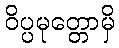
ဝိပ္ပမုတ္တောမှိ